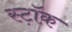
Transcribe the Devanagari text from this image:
स्ट़ॉक